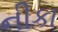
નીકા